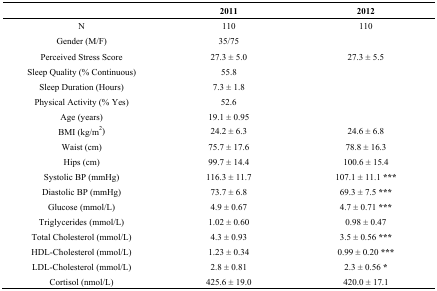
<table><thead><tr><td></td><td><b>2011</b></td><td><b>2012</b></td></tr></thead><tbody><tr><td>N</td><td>110</td><td>110</td></tr><tr><td>Gender (M/F)</td><td>35/75</td><td></td></tr><tr><td>Perceived Stress Score</td><td>27.3 ± 5.0</td><td>27.3 ± 5.5</td></tr><tr><td>Sleep Quality (% Continuous)</td><td>55.8</td><td></td></tr><tr><td>Sleep Duration (Hours)</td><td>7.3 ± 1.8</td><td></td></tr><tr><td>Physical Activity (% Yes)</td><td>52.6</td><td></td></tr><tr><td>Age (years)</td><td>19.1 ± 0.95</td><td></td></tr><tr><td>BMI (kg/m<sup>2</sup>)</td><td>24.2 ± 6.3</td><td>24.6 ± 6.8</td></tr><tr><td>Waist (cm)</td><td>75.7 ± 17.6</td><td>78.8 ± 16.3</td></tr><tr><td>Hips (cm)</td><td>99.7 ± 14.4</td><td>100.6 ± 15.4</td></tr><tr><td>Systolic BP (mmHg)</td><td>116.3 ± 11.7</td><td>107.1 ± 11.1 ***</td></tr><tr><td>Diastolic BP (mmHg)</td><td>73.7 ± 6.8</td><td>69.3 ± 7.5 ***</td></tr><tr><td>Glucose (mmol/L)</td><td>4.9 ± 0.67</td><td>4.7 ± 0.71 ***</td></tr><tr><td>Triglycerides (mmol/L)</td><td>1.02 ± 0.60</td><td>0.98 ± 0.47</td></tr><tr><td>Total Cholesterol (mmol/L)</td><td>4.3 ± 0.93</td><td>3.5 ± 0.56 ***</td></tr><tr><td>HDL-Cholesterol (mmol/L)</td><td>1.23 ± 0.34</td><td>0.99 ± 0.20 ***</td></tr><tr><td>LDL-Cholesterol (mmol/L)</td><td>2.8 ± 0.81</td><td>2.3 ± 0.56 *</td></tr><tr><td>Cortisol (nmol/L)</td><td>425.6 ± 19.0</td><td>420.0 ± 17.1</td></tr></tbody></table>